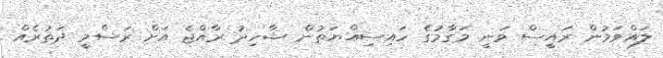
ލައްވަމުން ރައީސް ވަނީ މަގާމުގެ ހައިސިއްޔަތުން ޝާހިދު ރާއްޖެ އަށް ރަސްމީ ދަތުރެއް